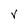
Character: V